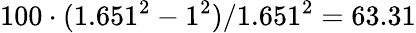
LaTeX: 100\cdot{}(1.651^{2}-1^{2})/1.651^{2}=63.31